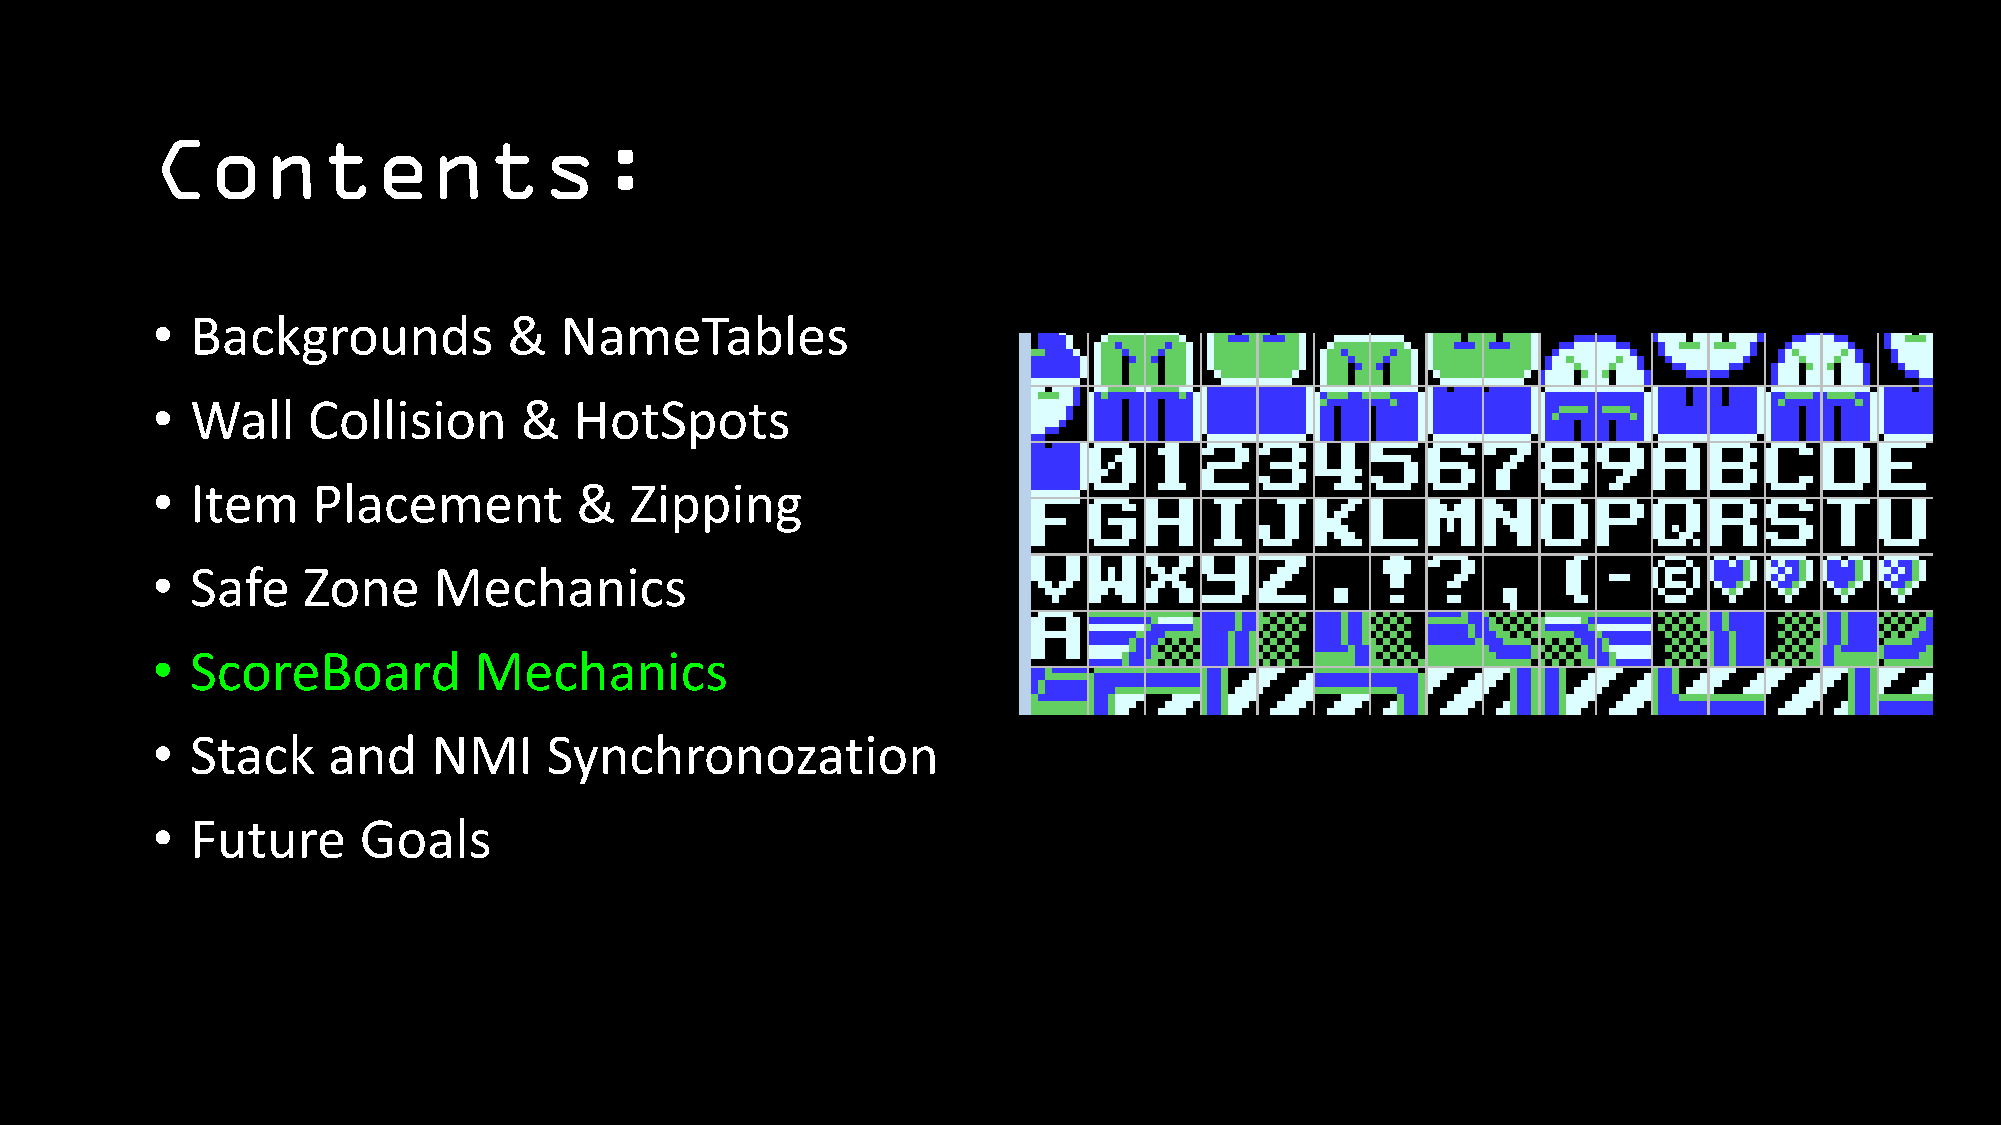
Contents:
 •  Backgrounds          &  NameTables
 •  Wall   Collision     &   HotSpots
 •  Item    Placement        &   Zipping
 •  Safe   Zone     Mechanics
 •  ScoreBoard        Mechanics
 •  Stack    and    NMI    Synchronozation
 •  Future     Goals